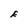
Character: E